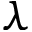
\lambda